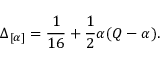
\Delta _ { [ \alpha ] } = \frac { 1 } { 1 6 } + \frac { 1 } { 2 } \alpha ( Q - \alpha ) .